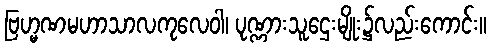
ဗြဟ္မဏမဟာသာလကုလေဝါ၊ ပုဏ္ဏားသူဌေးမျိုး၌လည်းကောင်း။